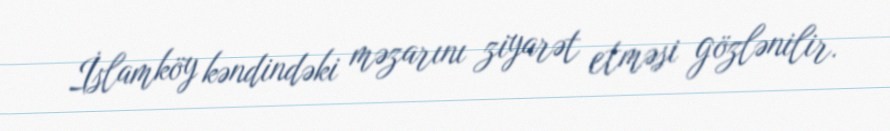
İslamköy kəndindəki məzarını ziyarət etməsi gözlənilir.